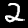
Digit: 2